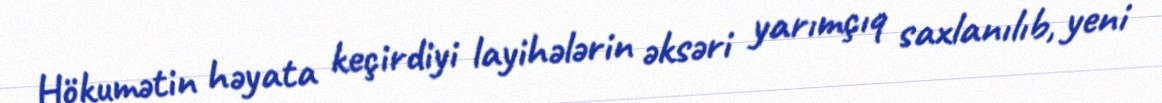
Hökumətin həyata keçirdiyi layihələrin əksəri yarımçıq saxlanılıb, yeni